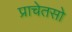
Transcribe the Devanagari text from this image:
प्राचेतसो